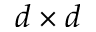
d \times d